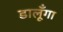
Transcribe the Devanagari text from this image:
डालूँगा